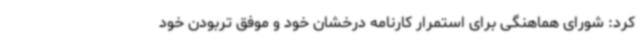
کرد: شورای هماهنگی برای استمرار کارنامه درخشان خود و موفق تربودن خود